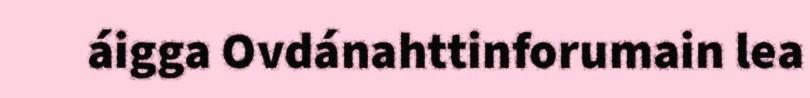
áigga Ovdánahttinforumain lea